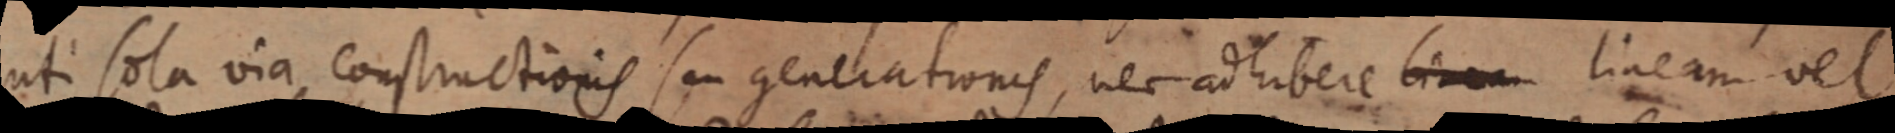
uti sola via constructionis seu generationis, nec ad hibere bi_ lineam vel